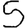
Digit: 5